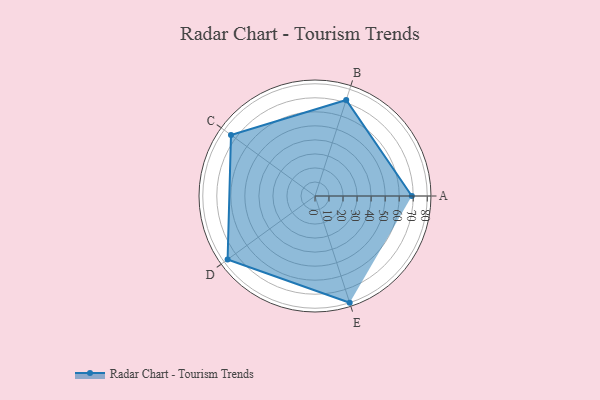
{"axis": {"x": "Skill", "y": "Score"}, "legend": ["Profile"], "data": [{"x": "A", "y": 69.0, "type": "Profile"}, {"x": "B", "y": 72.0, "type": "Profile"}, {"x": "C", "y": 74.0, "type": "Profile"}, {"x": "D", "y": 77.0, "type": "Profile"}, {"x": "E", "y": 80.0, "type": "Profile"}]}